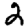
Digit: 2